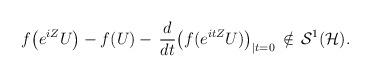
LaTeX: \begin{align*}f\bigl(e^{iZ} U\bigr) - f(U) -\,\frac{d}{dt}\bigl(f(e^{itZ}U)\bigr)_{\vert t=0}\,\notin\, \mathcal S^1(\mathcal H).\end{align*}